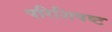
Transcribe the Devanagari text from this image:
परिशिषष्ट